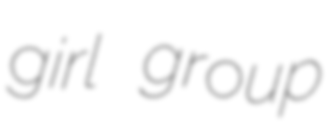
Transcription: girl group